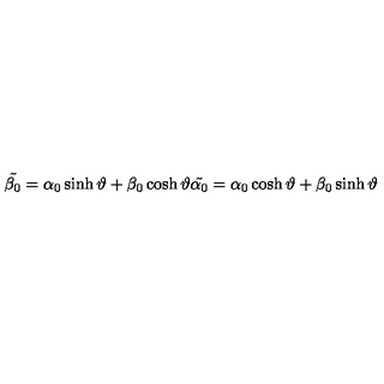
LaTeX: \tilde { \beta _ { 0 } } = \alpha _ { 0 } \sinh { \vartheta } + \beta _ { 0 } \cosh { \vartheta } \tilde { \alpha _ { 0 } } = \alpha _ { 0 } \cosh { \vartheta } + \beta _ { 0 } \sinh { \vartheta }